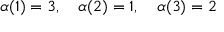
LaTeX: \alpha ( 1 ) = 3 , \quad \alpha ( 2 ) = 1 , \quad \alpha ( 3 ) = 2